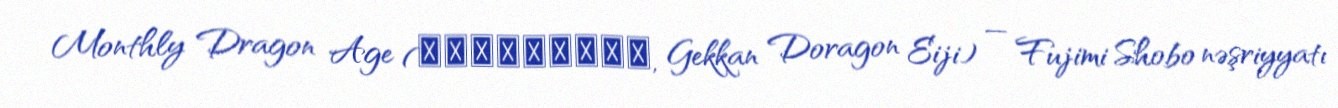
Monthly Dragon Age (月刊ドラゴンエイジ, Gekkan Doragon Eiji) — Fujimi Shobo nəşriyyatı